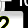
Digit: 2